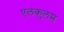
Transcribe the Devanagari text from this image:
एलंकुलम